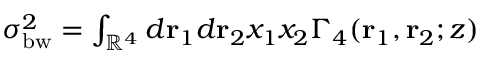
\begin{array} { r } { \sigma _ { \mathrm { b w } } ^ { 2 } = \int _ { \mathbb { R } ^ { 4 } } d \mathbf { r } _ { 1 } d \mathbf { r } _ { 2 } x _ { 1 } x _ { 2 } \Gamma _ { 4 } ( \mathbf { r } _ { 1 } , \mathbf { r } _ { 2 } ; z ) } \end{array}